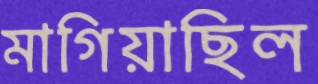
মাগিয়াছিল